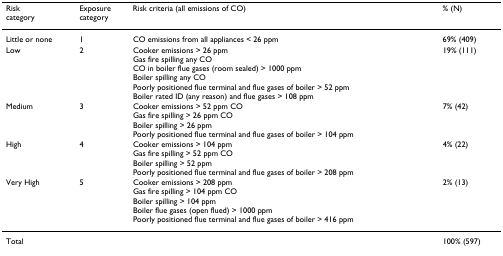
<table><thead><tr><td><b>Riskcategory</b></td><td><b>Exposurecategory</b></td><td><b>Risk criteria (all emissions of CO)</b></td><td><b>% (N)</b></td></tr></thead><tbody><tr><td>Little or none</td><td>1</td><td>CO emissions from all appliances &lt; 26 ppm</td><td>69% (409)</td></tr><tr><td>Low</td><td>2</td><td>Cooker emissions &gt; 26 ppmGas fire spilling any COCO in boiler flue gases (room sealed) &gt; 1000 ppmBoiler spilling any COPoorly positioned flue terminal and flue gases of boiler &gt; 52 ppmBoiler rated ID (any reason) and flue gases &gt; 108 ppm</td><td>19% (111)</td></tr><tr><td>Medium</td><td>3</td><td>Cooker emissions &gt; 52 ppm COGas fire spilling &gt; 26 ppm COBoiler spilling &gt; 26 ppmPoorly positioned flue terminal and flue gases of boiler &gt; 104 ppm</td><td>7% (42)</td></tr><tr><td>High</td><td>4</td><td>Cooker emissions &gt; 104 ppmGas fire spilling &gt; 52 ppm COBoiler spilling &gt; 52 ppmPoorly positioned flue terminal and flue gases of boiler &gt; 208 ppm</td><td>4% (22)</td></tr><tr><td>Very High</td><td>5</td><td>Cooker emissions &gt; 208 ppmGas fire spilling &gt; 104 ppm COBoiler spilling &gt; 104 ppmBoiler flue gases (open flued) &gt; 1000 ppmPoorly positioned flue terminal and flue gases of boiler &gt; 416 ppm</td><td>2% (13)</td></tr><tr><td>Total</td><td></td><td></td><td>100% (597)</td></tr></tbody></table>